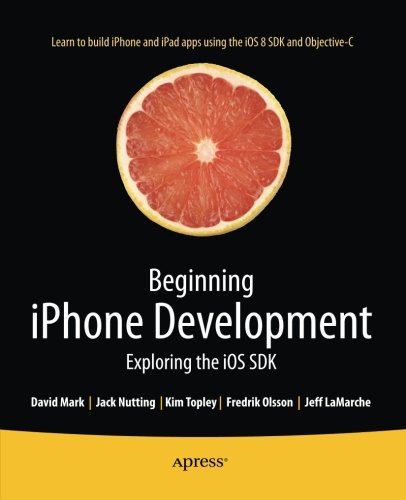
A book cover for Beginning iPhone Development: Exploring the iOS SDK; David Mark; Computers & Technology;